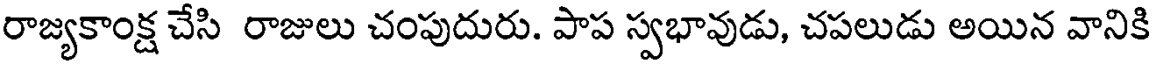
రాజ్యకాంక్ష చేసి రాజులు చంపుదురు. పాప స్వభావుడు, చపలుడు అయిన వానికి